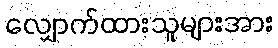
လျှောက်ထားသူများအား